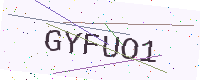
Text: GYFUO1